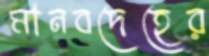
মানবদেহের